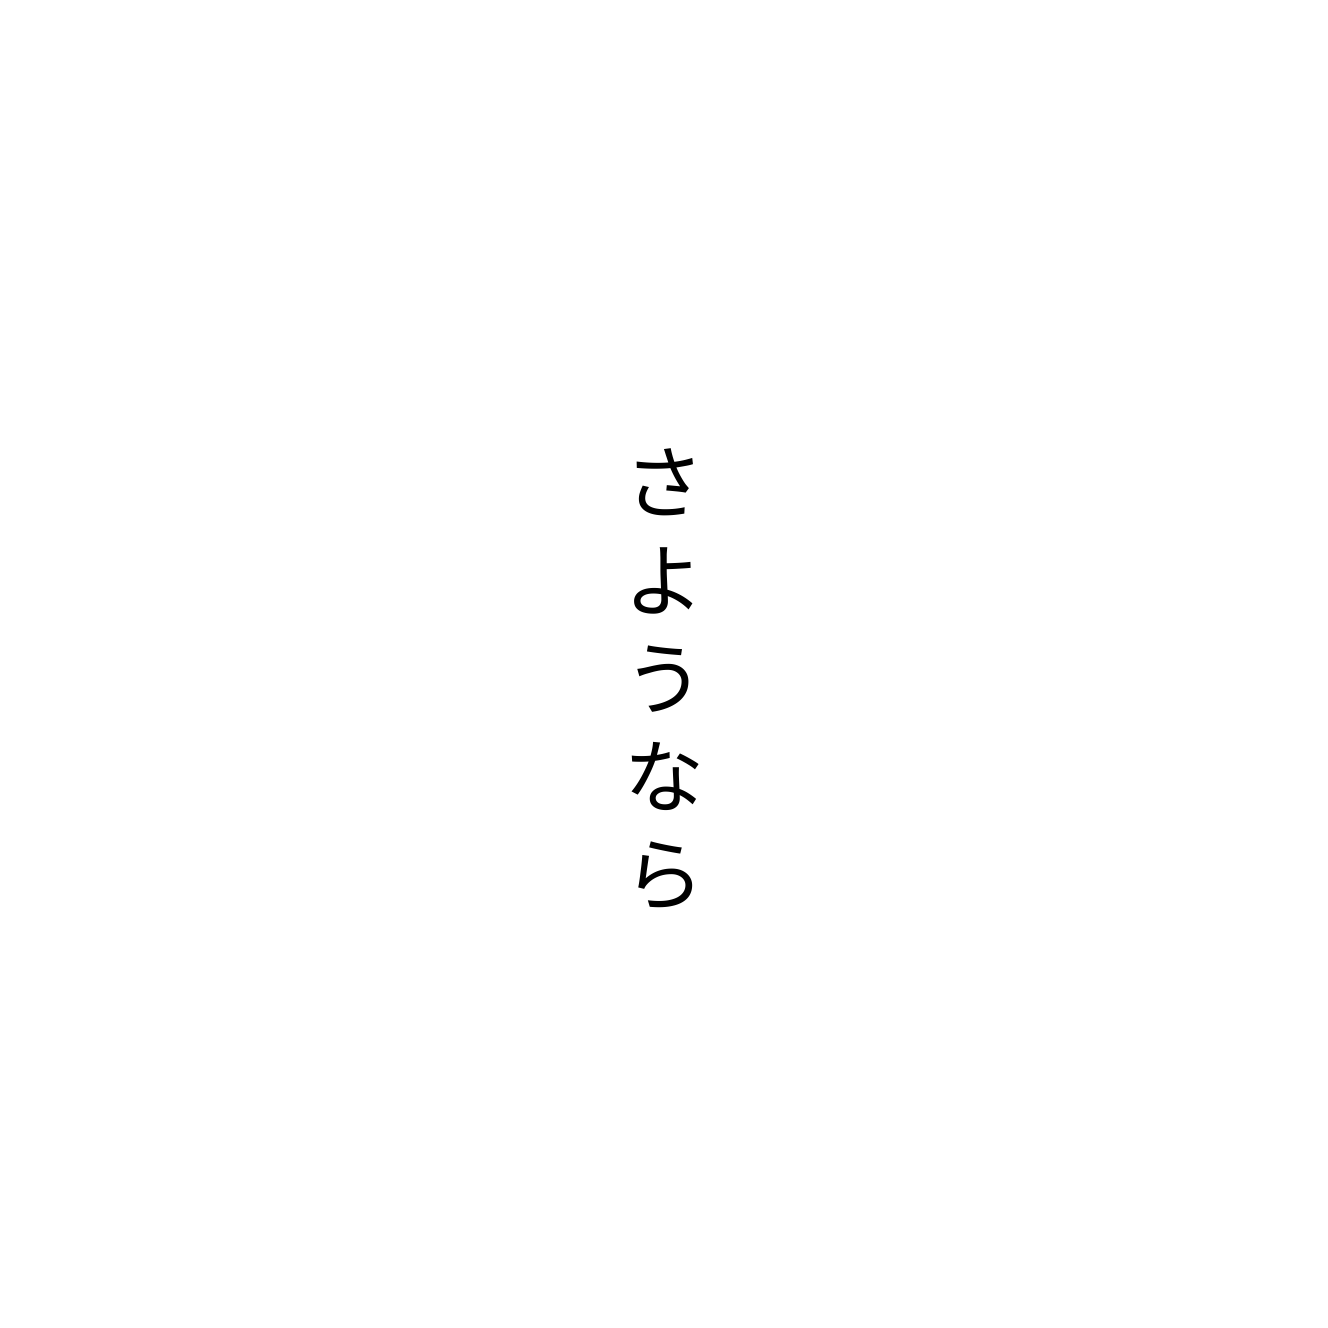
さようなら